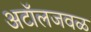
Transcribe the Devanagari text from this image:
अटॉलजवळ